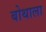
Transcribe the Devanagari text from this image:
बोथाला